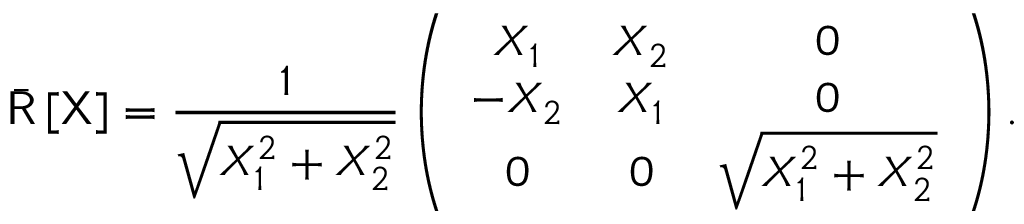
\bar { \mathsf { R } } \left[ \mathsf { X } \right] = \frac { 1 } { \sqrt { X _ { 1 } ^ { 2 } + X _ { 2 } ^ { 2 } } } \left( \begin{array} { c c c } { X _ { 1 } } & { X _ { 2 } } & { 0 } \\ { - X _ { 2 } } & { X _ { 1 } } & { 0 } \\ { 0 } & { 0 } & { \sqrt { X _ { 1 } ^ { 2 } + X _ { 2 } ^ { 2 } } } \end{array} \right) .